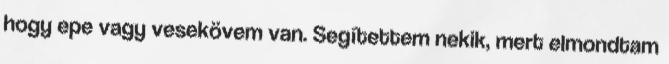
hogy epe vagy vesekövem van. Segítettem nekik, mert elmondtam